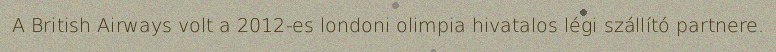
A British Airways volt a 2012-es londoni olimpia hivatalos légi szállító partnere.